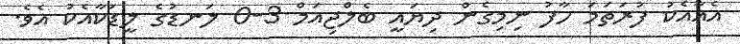
އެއާއެކު ފުރަތަމަ ހާފު ނިމިގެން ދިޔައީ ބެލްޖިއަމް 3-0 ލަނޑުގެ ލީޑަކާއެކު އެވެ.